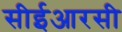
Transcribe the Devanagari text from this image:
सीईआरसी